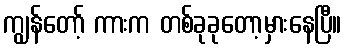
ကျွန်တော့် ကားက တစ်ခုခုတော့မှားနေပြီ။